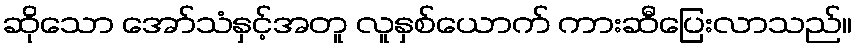
ဆိုသော အော်သံနှင့်အတူ လူနှစ်ယောက် ကားဆီပြေးလာသည်။